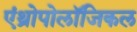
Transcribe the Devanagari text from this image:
एंथ्रोपोलॉजिकल